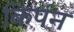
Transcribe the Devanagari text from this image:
किर्पन